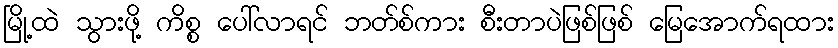
မြို့ထဲ သွားဖို့ ကိစ္စ ပေါ်လာရင် ဘတ်စ်ကား စီးတာပဲဖြစ်ဖြစ် မြေအောက်ရထား